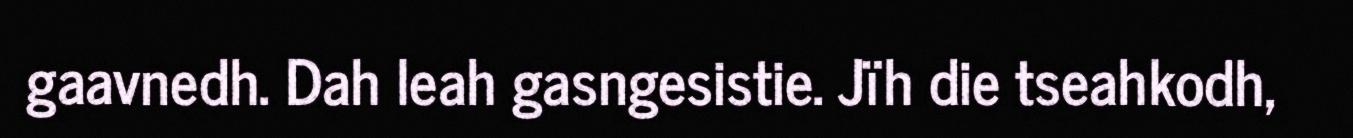
gaavnedh. Dah leah gasngesistie. Jïh die tseahkodh,